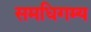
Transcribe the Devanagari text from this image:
समधिगम्य